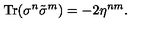
\mathrm { T r } ( \sigma ^ { n } \tilde { \sigma } ^ { m } ) = - 2 \eta ^ { n m } .